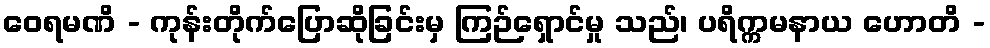
ဝေရမဏိ - ကုန်းတိုက်ပြောဆိုခြင်းမှ ကြဉ်ရှောင်မှု သည်၊ ပရိက္ကမနာယ ဟောတိ -